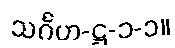
သင်္ဂဟ-ဋ္ဌ-၁-၁။